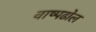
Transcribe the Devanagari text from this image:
वाष्पढोल